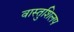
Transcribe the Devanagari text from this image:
वास्तुशिलप